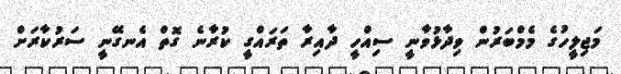
މަޖިލީހުގެ މެމްބަރުން ވިދާޅުވާނީ ސިއްހީ ދާއިރާ ތަރައްގީ ކުރާނެ ގޮތް އެނގޭނީ ސަރުކާރަށް